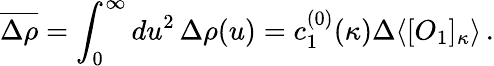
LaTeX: \overline{{{\Delta\rho}}}=\int_{0}^{\infty}du^{2}\, \Delta\rho(u)=c_{1}^{(0)}(\kappa)\Delta\langle[O_{1}]_{\kappa}\rangle\, .